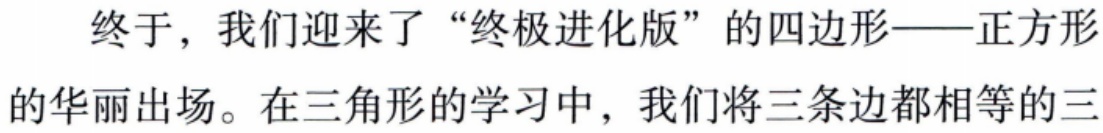
终于，我们迎来了“终极进化版”的四边形——正方形

的华丽出场。在三角形的学习中，我们将三条边都相等的三